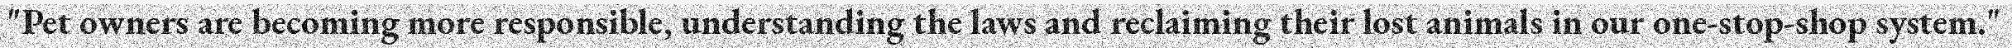
"Pet owners are becoming more responsible, understanding the laws and reclaiming their lost animals in our one-stop-shop system."